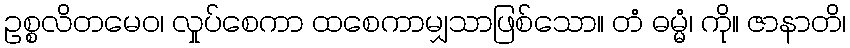
ဥစ္စလိတမေဝ၊ လှုပ်စေကာ ထစေကာမျှသာဖြစ်သော။ တံ ဓမ္မံ၊ ကို။ ဇာနာတိ၊